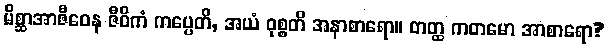
မိစ္ဆာအာဇီဝေန ဇီဝိကံ ကပ္ပေတိ, အယံ ဝုစ္စတိ အနာစာရော။ တတ္ထ ကတမော အာစာရော?